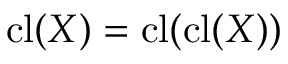
\operatorname { c l } ( X ) = \operatorname { c l } ( \operatorname { c l } ( X ) )